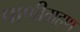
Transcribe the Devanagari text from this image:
पाणीग्रहण